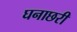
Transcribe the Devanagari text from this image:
घनाछरी